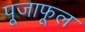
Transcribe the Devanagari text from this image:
पूजाफूल